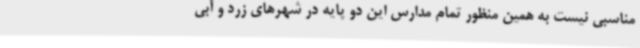
مناسبی نیست به همین منظور تمام مدارس این دو پایه در شهرهای زرد و آبی